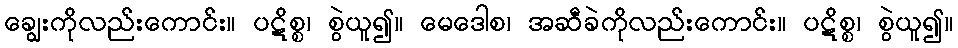
ချွေးကိုလည်းကောင်း။ ပဋိစ္စ၊ စွဲယူ၍။ မေဒေါစ၊ အဆီခဲကိုလည်းကောင်း။ ပဋိစ္စ၊ စွဲယူ၍။